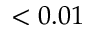
< 0 . 0 1